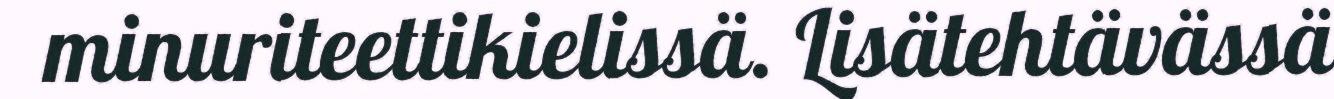
minuriteettikielissä. Lisätehtävässä